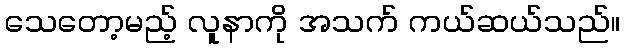
သေတော့မည့် လူနာကို အသက် ကယ်ဆယ်သည်။